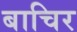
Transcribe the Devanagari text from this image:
बाचिर